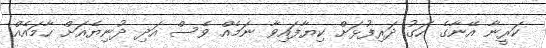
ކަރީނާ އޭނާގެ ހަގު ދަރިފުޅަށް ކިޔާފައިވާ ނަމެއް ވެސް އަދި ދުނިޔެއަށް ހާމައެއް